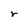
Character: r